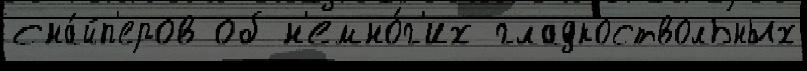
сна́йп'еров об н'емно́г'их гладкоствольных